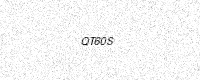
Text: QT60S